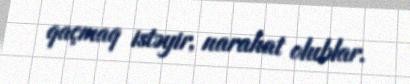
qaçmaq istəyir, narahat olublar.